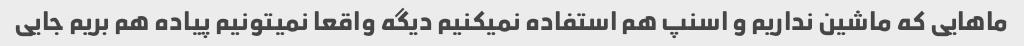
ماهایی که ماشین نداریم و اسنپ هم استفاده نمیکنیم دیگه واقعا نمیتونیم پیاده هم بریم جایی